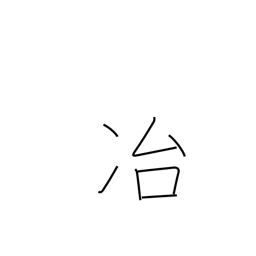
Meaning: melting